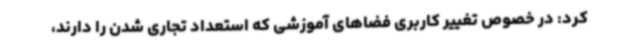
کرد: در خصوص تغییر کاربری فضاهای آموزشی که استعداد تجاری شدن را دارند،